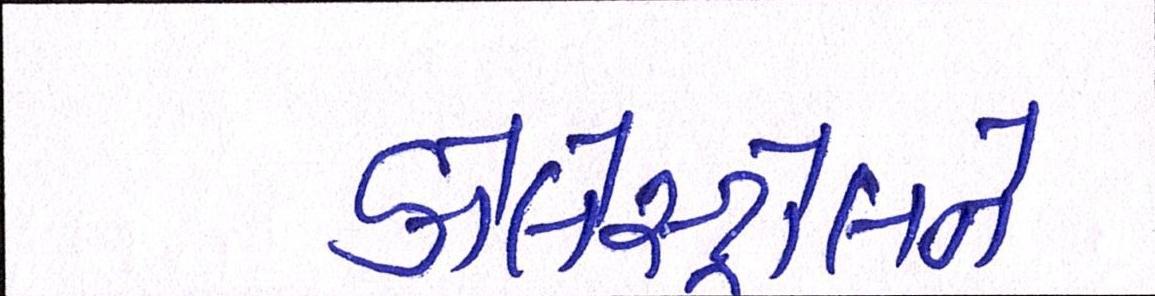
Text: કોલેસ્ટ્રોલને